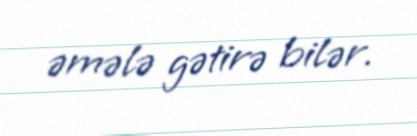
əmələ gətirə bilər.